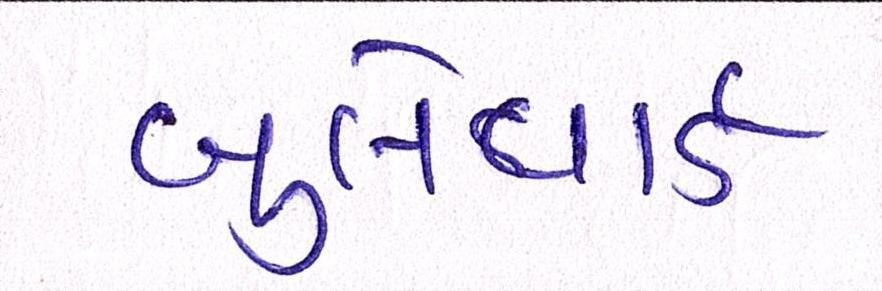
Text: બુલેવાર્ડ